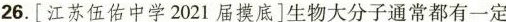
26.[江苏伍佑中学2021届摸底]生物大分子通常都有一定